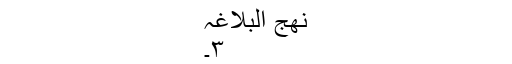
نھج البلاغہ
٣۔